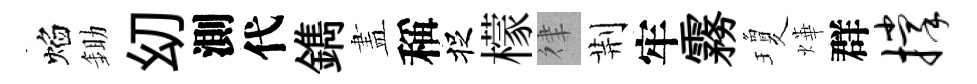
焰鋤㓜測代鐫𥁞稱捉檬律荆牢霧瓊燁群撑